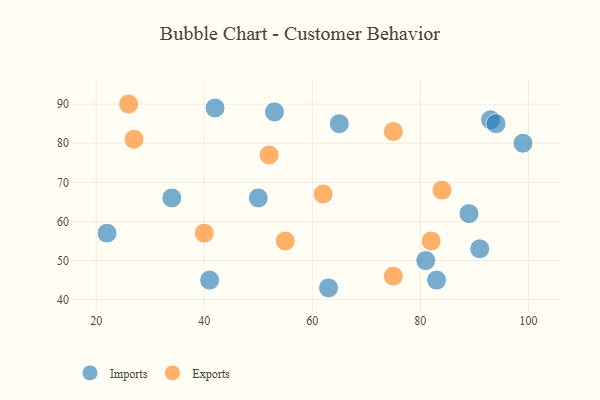
{"axis": {"x": "GDP", "y": "Life Expectancy"}, "legend": ["Exports", "Imports"], "data": [{"x": "91", "y": 53, "type": "Imports"}, {"x": "65", "y": 85, "type": "Imports"}, {"x": "50", "y": 66, "type": "Imports"}, {"x": "83", "y": 45, "type": "Imports"}, {"x": "93", "y": 86, "type": "Imports"}, {"x": "42", "y": 89, "type": "Imports"}, {"x": "22", "y": 57, "type": "Imports"}, {"x": "89", "y": 62, "type": "Imports"}, {"x": "34", "y": 66, "type": "Imports"}, {"x": "53", "y": 88, "type": "Imports"}, {"x": "94", "y": 85, "type": "Imports"}, {"x": "63", "y": 43, "type": "Imports"}, {"x": "41", "y": 45, "type": "Imports"}, {"x": "99", "y": 80, "type": "Imports"}, {"x": "81", "y": 50, "type": "Imports"}, {"x": "27", "y": 81, "type": "Exports"}, {"x": "75", "y": 46, "type": "Exports"}, {"x": "40", "y": 57, "type": "Exports"}, {"x": "26", "y": 90, "type": "Exports"}, {"x": "62", "y": 67, "type": "Exports"}, {"x": "55", "y": 55, "type": "Exports"}, {"x": "82", "y": 55, "type": "Exports"}, {"x": "52", "y": 77, "type": "Exports"}, {"x": "75", "y": 83, "type": "Exports"}, {"x": "84", "y": 68, "type": "Exports"}]}